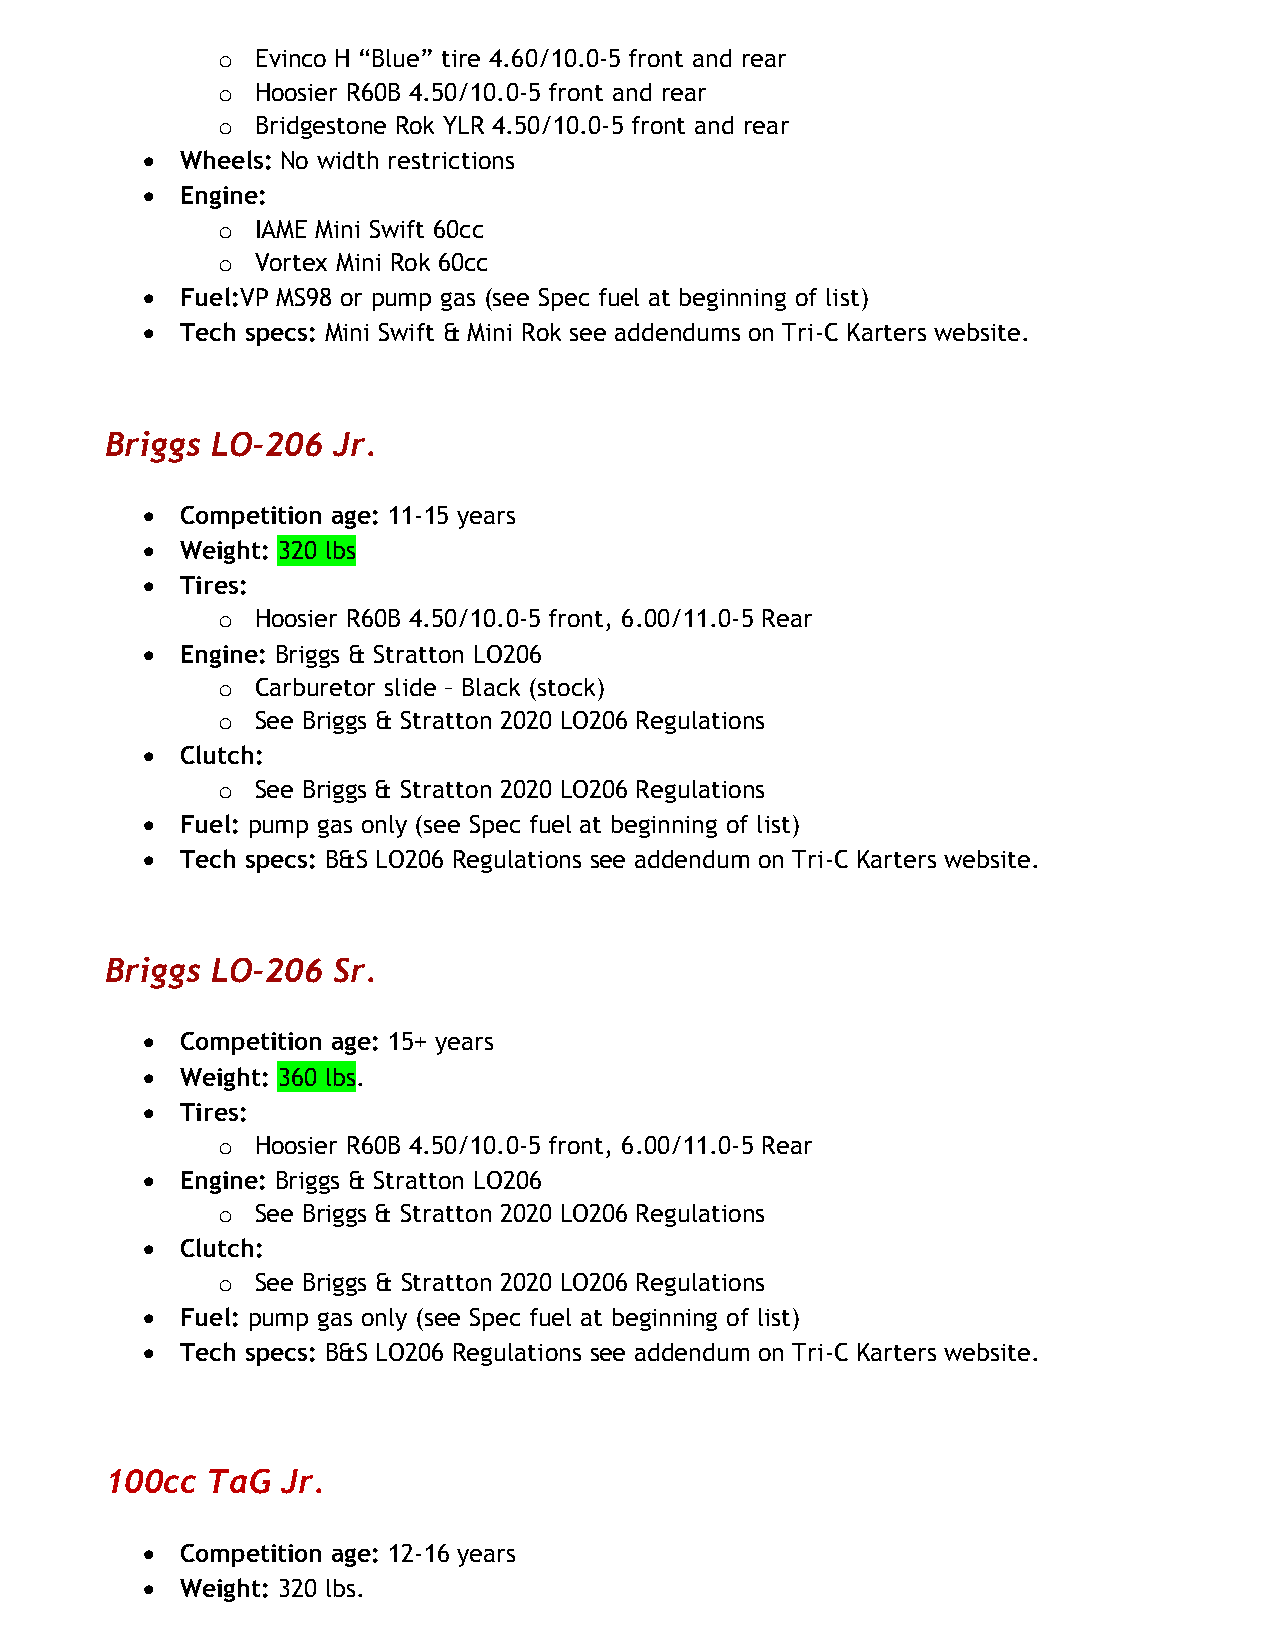
o  Evinco H “Blue” tire 4.60/10.0-5 front and rear
 o  Hoosier R60B 4.50/10.0-5 front and rear
 o  Bridgestone Rok YLR 4.50/10.0-5 front and rear
   Wheels: No width restrictions
   Engine:
 o  IAME Mini Swift 60cc
 o  Vortex Mini Rok 60cc
   Fuel:VP MS98 or pump gas (see Spec fuel at beginning of list)
   Tech specs: Mini Swift & Mini Rok see addendums on Tri-C Karters website.
 Briggs LO-206  Jr.
   Competition age: 11-15 years
   Weight: 320 lbs
   Tires:
 o  Hoosier R60B 4.50/10.0-5 front, 6.00/11.0-5 Rear
   Engine: Briggs & Stratton LO206
 o  Carburetor slide – Black (stock)
 o  See Briggs & Stratton 2020 LO206 Regulations
   Clutch:
 o  See Briggs & Stratton 2020 LO206 Regulations
   Fuel: pump gas only (see Spec fuel at beginning of list)
   Tech specs: B&S LO206 Regulations see addendum on Tri-C Karters website.
 Briggs LO-206  Sr.
   Competition age: 15+ years
   Weight: 360 lbs.
   Tires:
 o  Hoosier R60B 4.50/10.0-5 front, 6.00/11.0-5 Rear
   Engine: Briggs & Stratton LO206
 o  See Briggs & Stratton 2020 LO206 Regulations
   Clutch:
 o  See Briggs & Stratton 2020 LO206 Regulations
   Fuel: pump gas only (see Spec fuel at beginning of list)
   Tech specs: B&S LO206 Regulations see addendum on Tri-C Karters website.
 100cc  TaG  Jr.
   Competition age: 12-16 years
   Weight: 320 lbs.